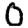
Digit: 0